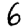
Digit: 6